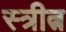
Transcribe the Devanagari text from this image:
स्त्रीत्न